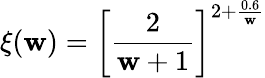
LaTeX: \xi(\mathbf{w})=\left[\frac{{2}}{{\mathbf{w}+1}}\right]^{2+\frac{{0.6}}{{\mathbf{w}}}}